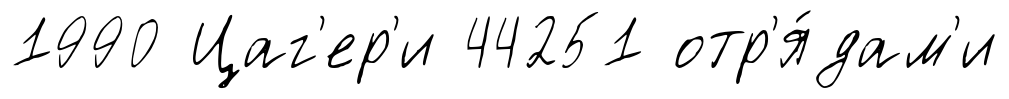
1990 Цаг'ер'и 44251 отр'я́дам'и